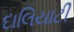
દાલિયાટી